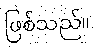
ဖြစ်သည်။